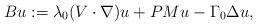
LaTeX: \begin{align*}Bu:=\lambda_0(V\cdot\nabla) u+PMu-\Gamma_0\Delta u,\end{align*}